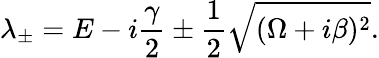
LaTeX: \lambda_{\pm}=E-i\frac{\gamma}{2}\pm\frac{1}{2}\sqrt{(\Omega+i\beta)^{2}}.